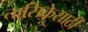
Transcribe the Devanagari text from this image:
तासिकेसाठी